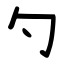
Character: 勺